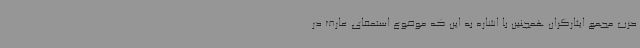
حزب مجمع ایثارگران همچنین با اشاره به این که موضوع استعفای عارف در